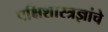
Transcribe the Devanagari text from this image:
पक्षिशास्त्रज्ञांचे